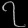
Digit: ၇